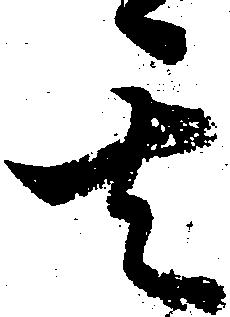
其